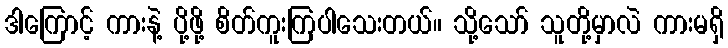
ဒါကြောင့် ကားနဲ့ ပို့ဖို့ စိတ်ကူးကြပါသေးတယ်။ သို့သော် သူတို့မှာလဲ ကားမရှိ